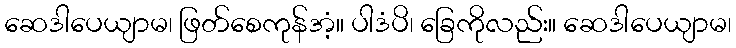
ဆေဒါပေယျာမ၊ ဖြတ်စေကုန်အံ့။ ပါဒံပိ၊ ခြေကိုလည်း။ ဆေဒါပေယျာမ၊